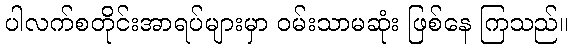
ပါလက်စတိုင်းအာရပ်များမှာ ဝမ်းသာမဆုံး ဖြစ်နေ ကြသည်။